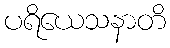
ပရိယေသနာတိ